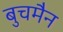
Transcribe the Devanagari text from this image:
बुचमैन